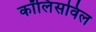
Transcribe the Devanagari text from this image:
कॉलिंसविल